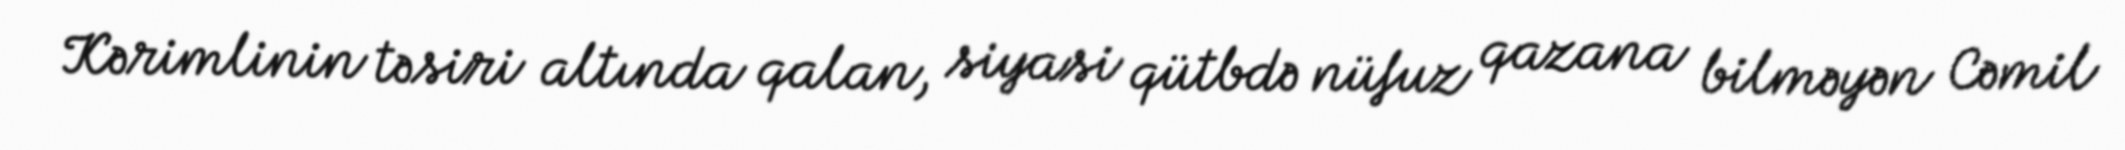
Kərimlinin təsiri altında qalan, siyasi qütbdə nüfuz qazana bilməyən Cəmil